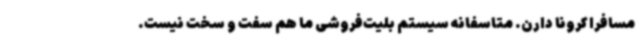
مسافرا کرونا دارن. متاسفانه سیستم بلیت‌فروشی ما هم سفت و سخت نیست.